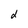
Character: d